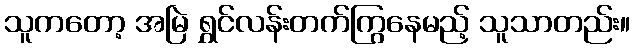
သူကတော့ အမြဲ ရွှင်လန်းတက်ကြွနေမည့် သူသာတည်း။